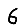
Digit: 6